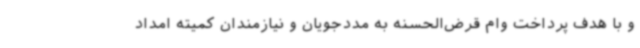
و با هدف پرداخت وام قرض‌الحسنه به مددجویان و نیازمندان کمیته امداد